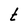
Character: t